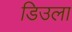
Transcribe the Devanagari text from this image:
डिउला